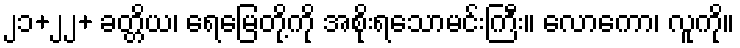
၂၁+၂၂+ ခတ္တိယ၊ ရေမြေတို့ကို အစိုးရသောမင်းကြီး။ လောကော၊ လူကို။